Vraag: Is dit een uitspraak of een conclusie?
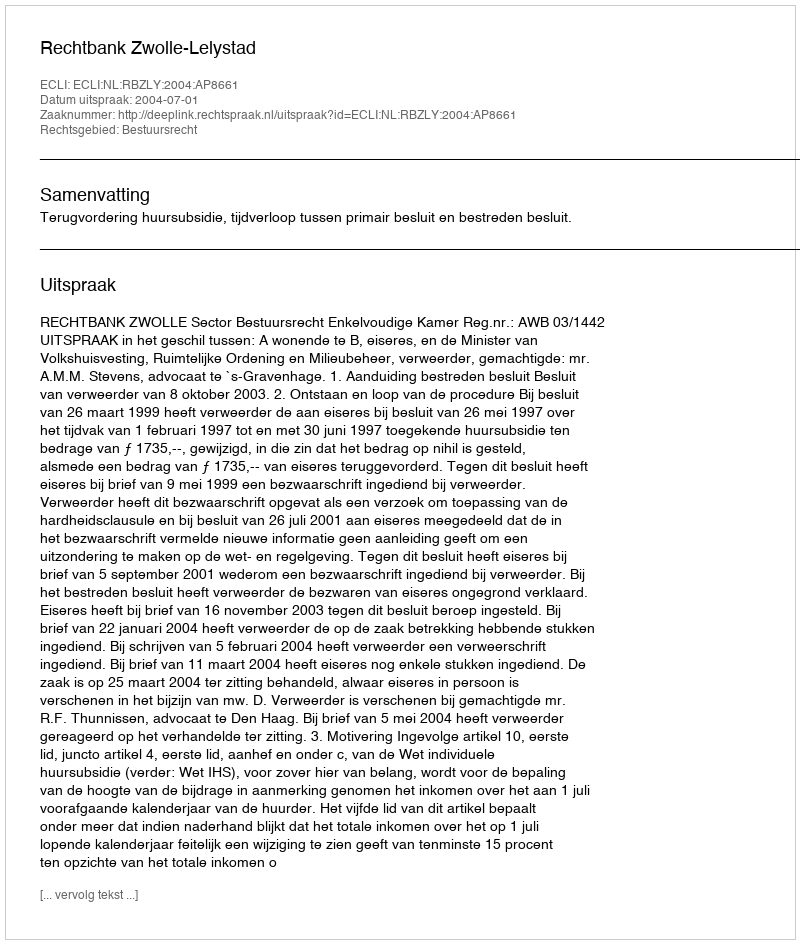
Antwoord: Uitspraak